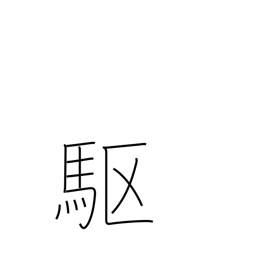
Meaning: gallop